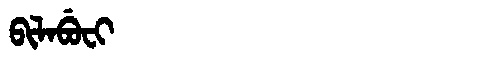
Manchu: ᠪᡳᠯᠠᠪᡠᠸᡳ
Romanization: BILABUFI